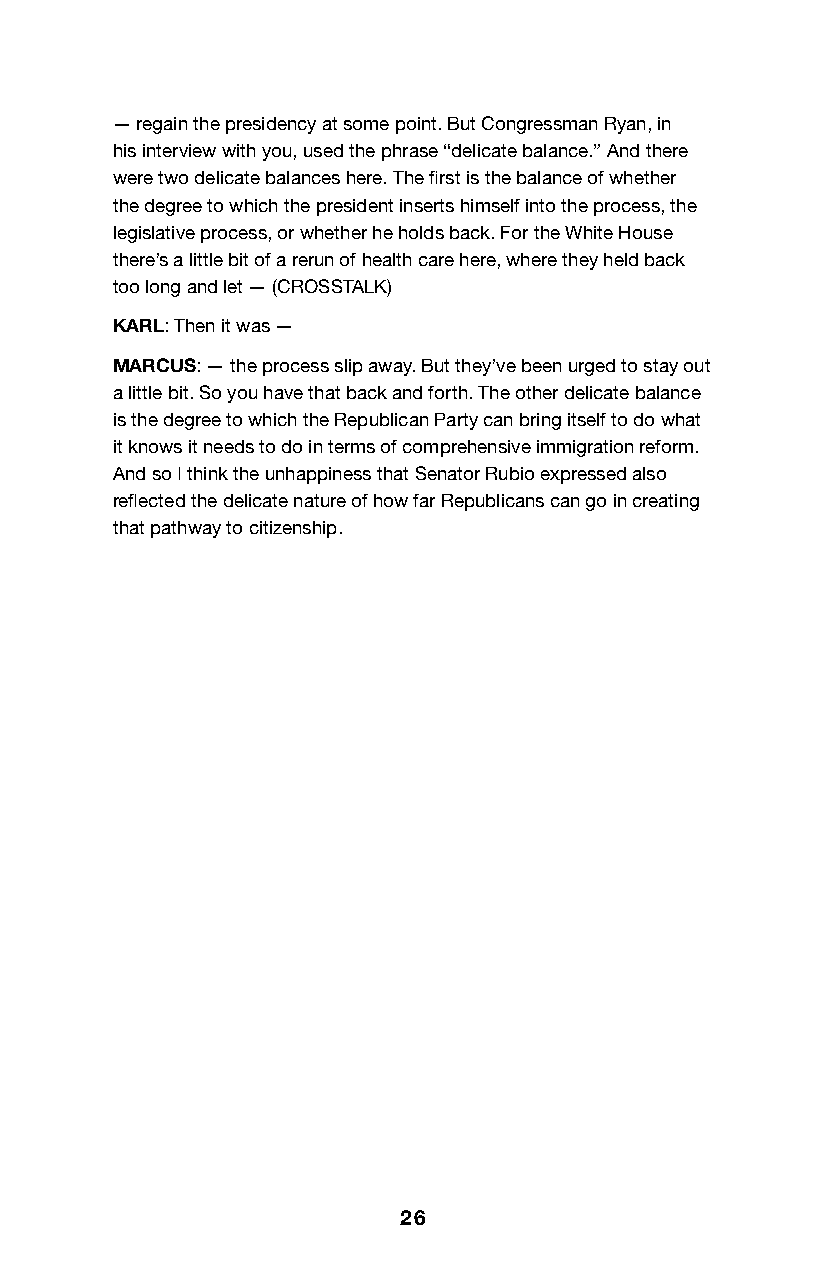
— regain the presidency at some point. But Congressman Ryan, in
 his interview with you, used the phrase “delicate balance.” And there
 were two delicate balances here. The first is the balance of whether
 the degree to which the president inserts himself into the process, the
 legislative process, or whether he holds back. For the White House
 there’s a little bit of a rerun of health care here, where they held back
 too long and let — (CROSSTALK)
 KARL: Then it was —
 MARCUS: — the process slip away. But they’ve been urged to stay out
 a little bit. So you have that back and forth. The other delicate balance
 is the degree to which the Republican Party can bring itself to do what
 it knows it needs to do in terms of comprehensive immigration reform.
 And so I think the unhappiness that Senator Rubio expressed also
 reflected the delicate nature of how far Republicans can go in creating
 that pathway to citizenship.
 26